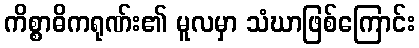
ကိစ္စာဓိကရုဏ်း၏ မူလမှာ သံဃာဖြစ်ကြောင်း